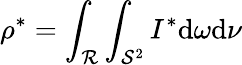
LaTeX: \rho^{*}=\int_{\mathcal{R}}\int_{\mathcal{S}^{2}}I^{*}\mathrm{d}\omega\mathrm{d}\nu